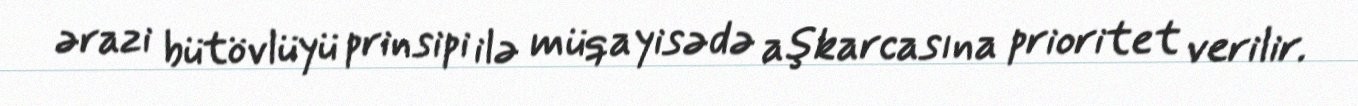
ərazi bütövlüyü prinsipi ilə müqayisədə aşkarcasına prioritet verilir.